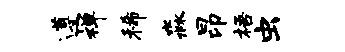
遵禅稀淼昂梧虫